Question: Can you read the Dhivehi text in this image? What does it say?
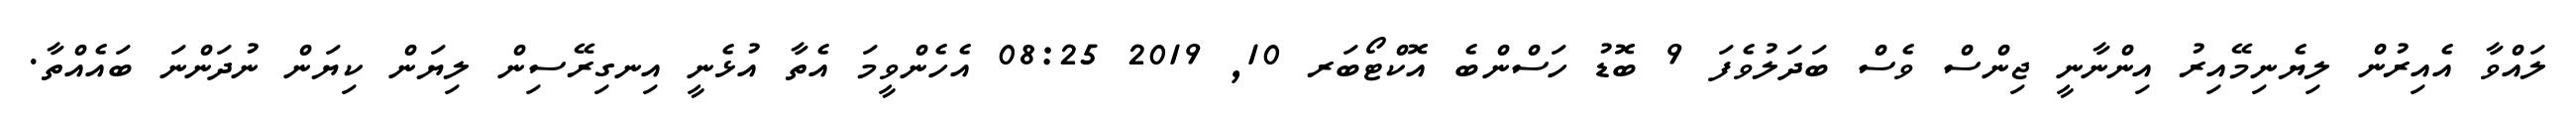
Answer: ލައްވާ އެއިރުން ލިޔެނިމޭއިރު އިންނާނީ ޖިންސް ވެސް ބަދަލުވެފަ 9 ބޮޑު ހަސްންބެ އޮކްޓޯބަރ 10, 2019 08:25 އެހެންވީމަ އެތާ އުޅެނީ އިނގިރޭސިން ލިޔަން ކިޔަން ނުދަންނަ ބައެއްތާ.